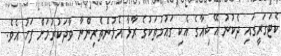
ކެޓަގަރީގައި ދެކުނު އޭޝިއާގެ އެކި ގައުމުތަކުގެ ރާޅާ އެޅުންތެރިންނާ ވާދަކުރުމަށް ފަހު އެވެ.